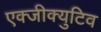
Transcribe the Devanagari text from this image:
एक्जीक्युटिव